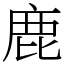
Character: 鹿